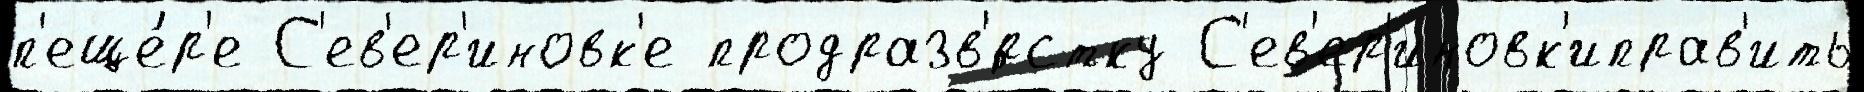
п'еще́р'е С'ев'ер'иновк'е продразв'́рстку С'ев'ер'иновк'иправ'ить